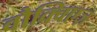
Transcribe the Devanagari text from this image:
वौक्विएज़